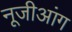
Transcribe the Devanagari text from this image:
नूजीआंग